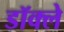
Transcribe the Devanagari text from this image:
डॉक्ले